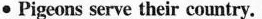
● Pigeons serve their country.